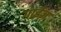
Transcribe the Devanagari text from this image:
गाईज़